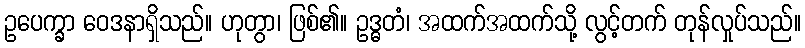
ဥပေက္ခာ ဝေဒနာရှိသည်။ ဟုတွာ၊ ဖြစ်၏။ ဥဒ္ဓတံ၊ အထက်အထက်သို့ လွင့်တက် တုန်လှုပ်သည်။